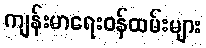
ကျန်းမာရေးဝန်ထမ်းများ